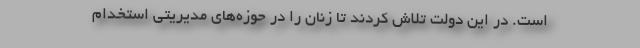
است. در این دولت تلاش کردند تا زنان را در حوزه‌های مدیریتی استخدام